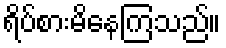
ရိပ်စားမိနေကြသည်။